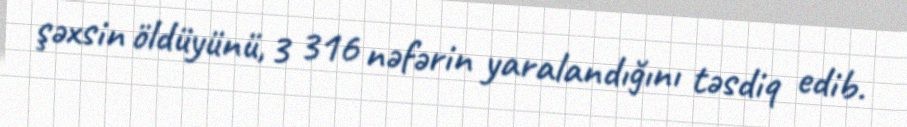
şəxsin öldüyünü, 3 316 nəfərin yaralandığını təsdiq edib.